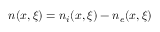
n ( x , \xi ) = n _ { i } ( x , \xi ) - n _ { e } ( x , \xi )